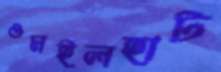
ওমইলহাট